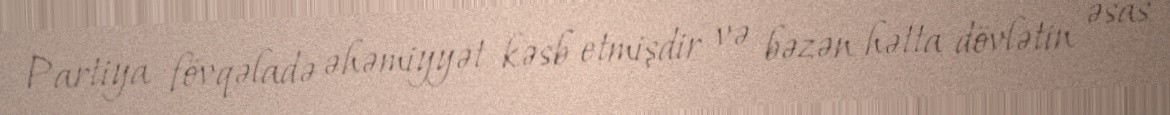
Partiya fövqəladə əhəmiyyət kəsb etmişdir və bəzən hətta dövlətin əsas